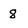
Character: 8